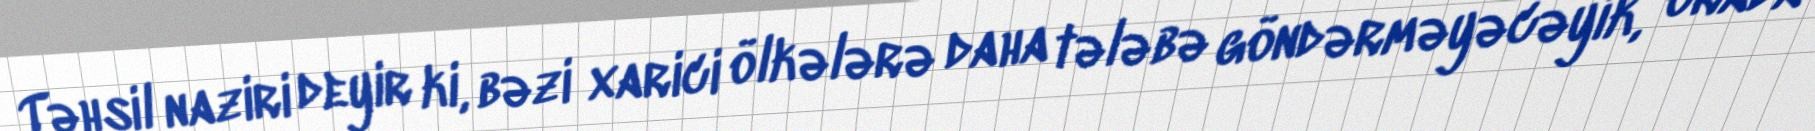
Təhsil naziri deyir ki, bəzi xarici ölkələrə daha tələbə göndərməyəcəyik, orada